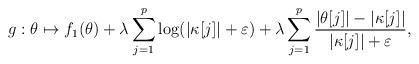
LaTeX: \begin{align*} g: \theta \mapsto f_1(\theta) + \lambda \sum_{j=1}^p \log(|\kappa[j]| + \varepsilon) + \lambda\sum_{j=1}^p \frac{|\theta[j]|-|\kappa[j]|}{|\kappa[j]|+\varepsilon}, \end{align*}